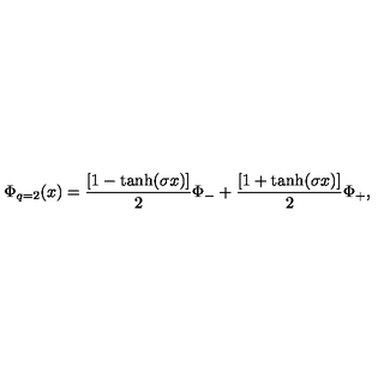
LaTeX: \Phi _ { q = 2 } ( x ) = { \frac { [ 1 - \tanh ( \sigma x ) ] } { 2 } } \Phi _ { - } + { \frac { [ 1 + \tanh ( \sigma x ) ] } { 2 } } \Phi _ { + } ,